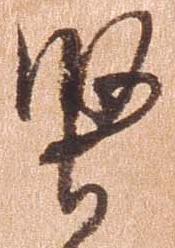
堅